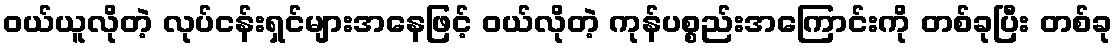
ဝယ်ယူလိုတဲ့ လုပ်ငန်းရှင်များအနေဖြင့် ဝယ်လိုတဲ့ ကုန်ပစ္စည်းအကြောင်းကို တစ်ခုပြီး တစ်ခု